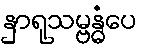
နှာရုသမ္ဗန္ဓံပေ